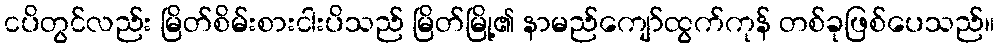
ငပိတွင်လည်း မြိတ်စိမ်းစားငါးပိသည် မြိတ်မြို့၏ နာမည်ကျော်ထွက်ကုန် တစ်ခုဖြစ်ပေသည်။